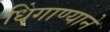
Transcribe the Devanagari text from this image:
धिंगाण्याने